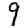
Digit: 9